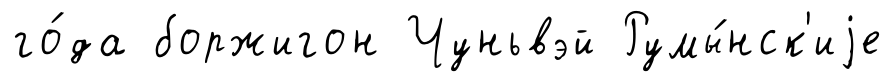
го́да боржигон Чуньвэй Румы́нск'иjе